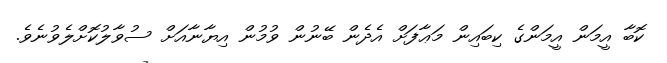
ކޮބާ އީމަން އީމަންގެ ކިބައިން މަޢާފަށް އެދެން ބޭނުން ވުމުން އިޔާނާއަށް ސުވާލުކޮށްލެވުނެވެ.